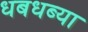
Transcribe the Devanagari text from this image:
धबधब्या